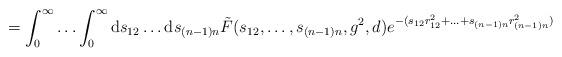
LaTeX: \begin{align*}=\int_0^\infty\ldots\int_0^\infty\mathrm{d}s_{12}\ldots\mathrm{d}s_{(n-1)n}\tilde{F}(s_{12},\ldots,s_{(n-1)n},g^2,d)e^{-(s_{12}r_{12}^2+\ldots+s_{(n-1)n}r_{(n-1)n}^2)}\end{align*}